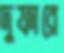
দুফারে